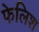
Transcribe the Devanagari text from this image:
फेलिश